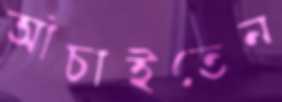
আঁচাইতেন